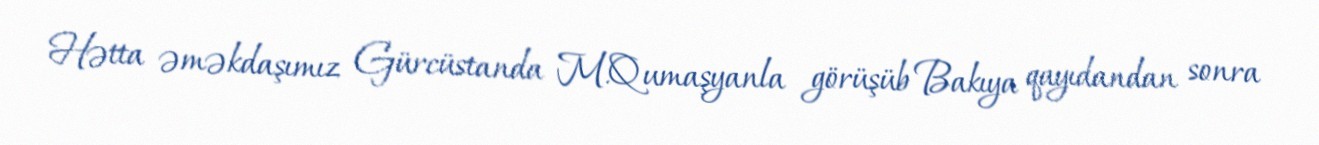
Hətta əməkdaşımız Gürcüstanda M.Qumaşyanla görüşüb Bakıya qayıdandan sonra